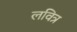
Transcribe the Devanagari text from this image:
लवित्र